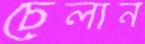
চেলান